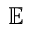
\mathbb { E }